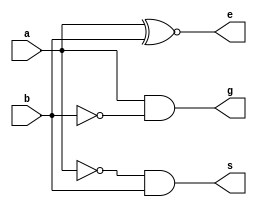
`timescale 1ns / 1ps
//////////////////////////////////////////////////////////////////////////////////
// Company: 
// Engineer: 
// 
// Design Name: 
// Module Name: comparator1bit
// Project Name: 
// Target Devices: 
// Tool Versions: 
// Description: 
// 
// Dependencies: 
// 
// Revision:
// Revision 0.01 - File Created
// Additional Comments:
// 
//////////////////////////////////////////////////////////////////////////////////


module comparator1bit(
    input a,
    input b,
    output g,
    output e,
    output s
    );
    assign g= a & (~b);
    assign e= a ~^ b;
    assign s= (~a) & b;
    
endmodule